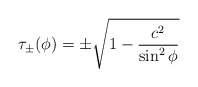
\begin{align*} \tau_\pm(\phi) = \pm \sqrt{1 - \frac{c^2}{\sin^2\phi}}\end{align*}